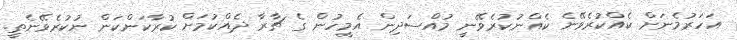
އަހަރުމެނަށް ކެއްކުރެވޭނެ ކެއްނުކުރެވޭނީ މުއްސަދިން އެމީހުން ގެ ޗާރާ ދެެއްކުމަށް ކުރާކަންކަން ނުކުރެވޭނެތީ.